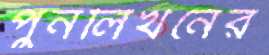
পুনর্লিখনের